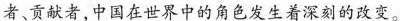
者、贡献者，中国在世界中的角色发生着深刻的改变。